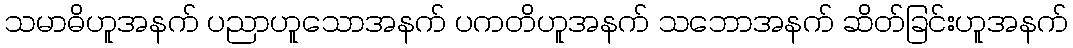
သမာဓိဟူအနက် ပညာဟူသောအနက် ပကတိဟူအနက် သဘောအနက် ဆိတ်ခြင်းဟူအနက်